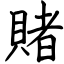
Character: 賭